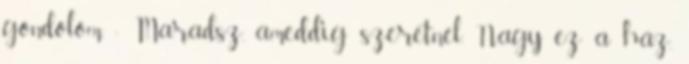
gondolom. - Maradsz, ameddig szeretnél. Nagy ez a ház,